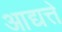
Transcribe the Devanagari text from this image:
आद्यत्ते